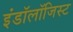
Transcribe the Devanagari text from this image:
इंडॉलॉजिस्ट